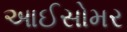
આઈસોમર